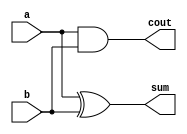
/////////////////////////////////////////////////////////////////////////////////
//                                                                             //
// Module Name:    HA_Structural                                               //
// Description:    Behavioural Model of Half Adder                             //
//                                                                             //
/////////////////////////////////////////////////////////////////////////////////
`timescale 1ns / 10ps
module HA_Structural(a,b,sum,cout);
  input a,b;
  output sum,cout;
  
  xor u1(sum, a, b);
  and u2(cout, a, b);
endmodule